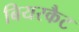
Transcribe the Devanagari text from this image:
बियरकैट